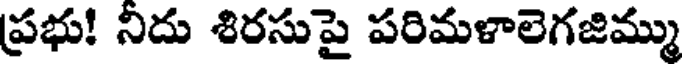
ప్రభు! నిదు శిరసుపై పరిమళాలెగజిమ్ము